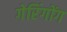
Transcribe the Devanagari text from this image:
गेरिंगोंग